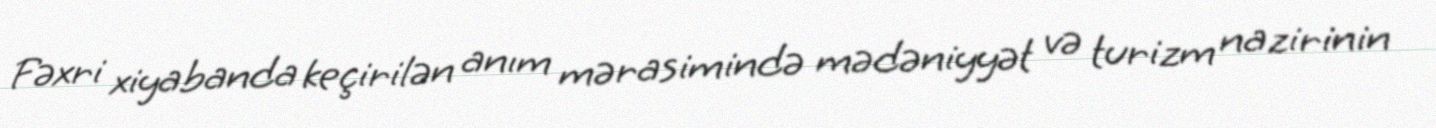
Fəxri xiyabanda keçirilən anım mərasimində mədəniyyət və turizm nazirinin